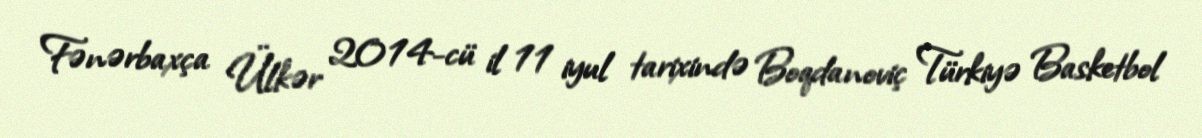
Fənərbaxça Ülkər 2014-cü il 11 iyul tarixində Boqdanoviç Türkiyə Basketbol